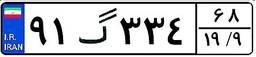
۹۱گ۳۳۴۶۸